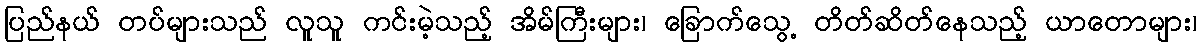
ပြည်နယ် တပ်များသည် လူသူ ကင်းမဲ့သည့် အိမ်ကြီးများ၊ ခြောက်သွေ့ တိတ်ဆိတ်နေသည့် ယာတောများ၊